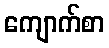
ကျောက်စာ